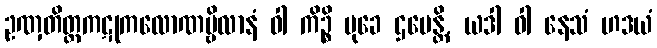
ဥဏှတိတ္တကဋုကလောဏမ္ဗိလာနံ ဝါ ကိဉ္စိ မုခေ ဌပေန္တိ, ယဒါ ဝါ နေသံ ဟဒယံ